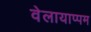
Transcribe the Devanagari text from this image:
वेलायाप्पम